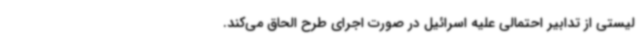
لیستی از تدابیر احتمالی علیه اسرائیل در صورت اجرای طرح الحاق می‌کند.